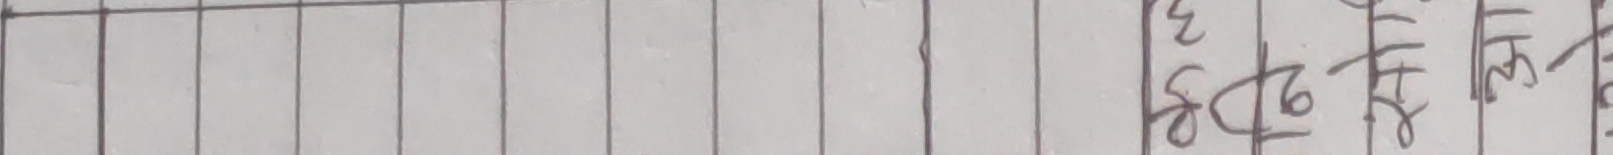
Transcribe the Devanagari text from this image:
३
सठि हो लिन